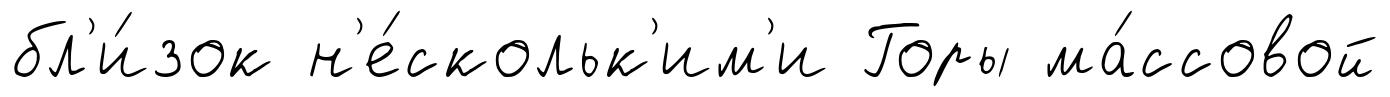
бл'и́зок н'е́скольк'им'и Горы ма́ссовой